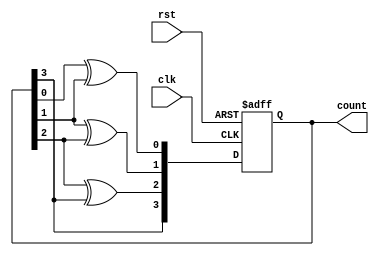
module GrayCounter (
    input clk,
    input rst,
    output reg [3:0] count
);

reg [3:0] next_count;

always @(posedge clk or posedge rst) begin
    if (rst) begin
        count <= 4'b0000;
    end else begin
        count <= next_count;
    end
end

always @* begin
    next_count[0] = count[0] ^ count[1]; 
    next_count[1] = count[1] ^ count[2];
    next_count[2] = count[2] ^ count[3];
    next_count[3] = count[3];
end

endmodule